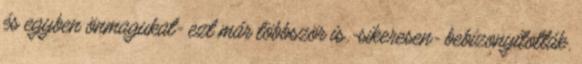
és egyben önmagukat- ezt már többször is -sikeresen- bebizonyították.